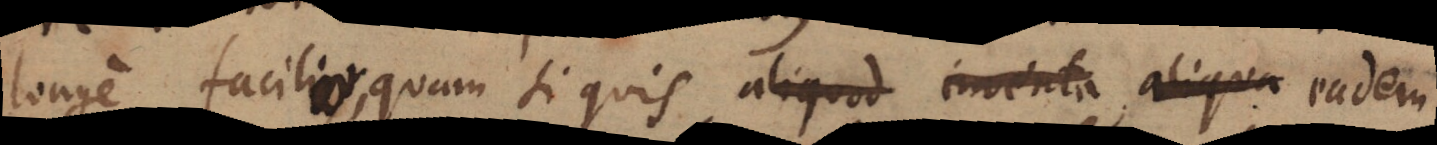
longe facilior, quam si quis aliquod inventa aliqua eadem